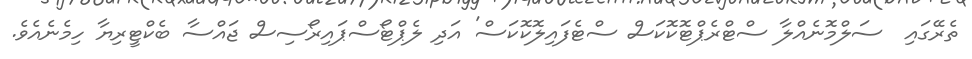
ތެރޭގައި  ސަލްމޮނެއްލާ ސްޓްރެޕްޓޮކޮކަސް ސްޓެފައިލޮކޮކަސް' އަދި ލެޕްޓޯސްޕައިރޯސިސް ޖައްސާ ބެކްޓީރިޔާ ހިމެނެއެވެ.